Annual statistical returns and brief notes on vaccination in Bengal - 1909-1929
Year: 1909
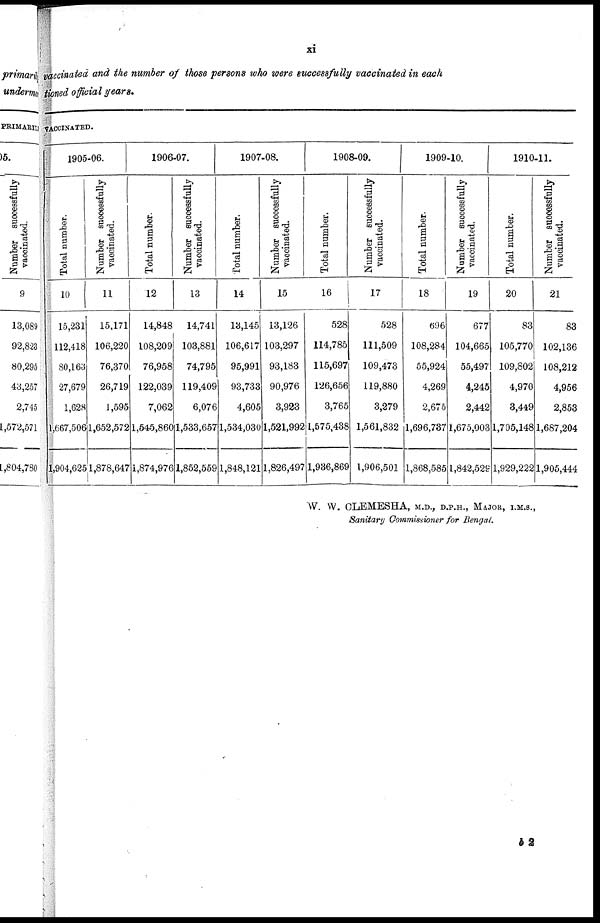
xi
vaccinated and the number of those persons who were successfully vaccinated in each
tioned official years.
VACCINATED.
1905-06.
Total number.
10
15,231
112,418
80,163
27,679
1,628
1,667,506
1,904,625
Number successfully
vaccinated.
11
15,171
106,220
76,370
26,719
1,595
1,652,572
1,878,647
1906-07.
Total number.
12
14,848
108,209
76,958
122,039
7,062
1,545,860
1,874,976
Number successfully
vaccinated.
13
14,741
103,881
74,795
119,409
6,076
1,533,657
1,852,559
1907-08.
Total number.
14
13,145
106,617
95,991
93,733
4,605
1,534,030
1,848,121
Number successfully
vaccinated.
15
13,126
103,297
93,183
90,976
3,923
1,521,992
1,826,497
1908-09.
Total number.
16
528
114,785
115,697
126,656
3,765
1,575,438
1,936,869
Number successfully
vaccinated.
17
528
111,509
109,473
119,880
3,279
1,561,832
1,906,501
1909-10.
Total number.
18
696
108,284
55,924
4,269
2,675
1,696,737
1,868,585
Number successfully
vaccinated.
19
677
104,665
55,497
4,245
2,442
1,675,003
l,842,529
1910-11.
Total number.
20
83
105,770
109,802
4,970
3,449
1,705,148
1,929,222
Number successfully
vaccinated.
21
83
102,136
108,212
4,956
2,853
1,687,204
1,905,444
W. W. CLEMESHA, M.D., D.P.H., MAJOR, I.M.S.,
Sanitary Commissioner for Bengal.
b 2